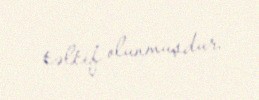
təltif olunmuşdur.